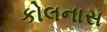
કોલનાસ